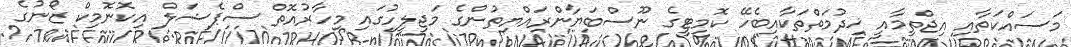
މަސައްކަތާއި އިޖްތިމާއީ ޚިދުމަތްތަކާއިބެހޭ ކޮމިޓީގެ ނޫސްބަޔާންރައްޔިތުންގެ މަޖިލީހުގައި މިހާރުއޮތް ސްޕެޝަލް އިކޮނޮމިކް ޒޯނުގެ